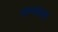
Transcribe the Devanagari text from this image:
रानयल